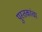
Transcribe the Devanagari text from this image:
पुस्‍तकांचा